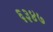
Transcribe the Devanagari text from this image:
६३४७